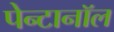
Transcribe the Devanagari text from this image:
पेन्टानॉल